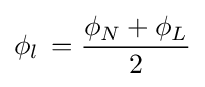
\phi _{l}\,={\frac {\phi _{N}+\phi _{L}}{2}}